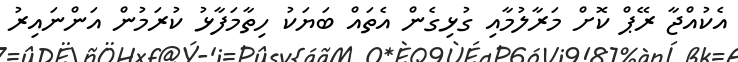
އެކުއްޖާ ރޭޕް ކޮށް މަރާލުމާއި ގުޅިގެން އެތައް ބަޔަކު ހިތާމަފާޅު ކުރަމުން އަންނައިރު